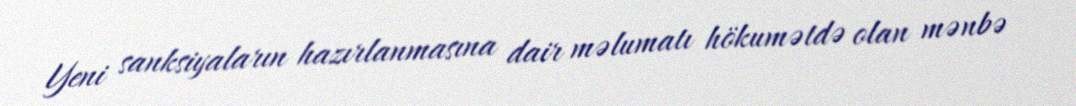
Yeni sanksiyaların hazırlanmasına dair məlumatı hökumətdə olan mənbə